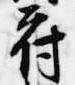
府